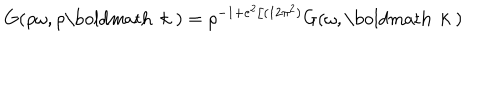
LaTeX: G ( \rho \omega , \rho \mathrm { \boldmath ~ k ~ } ) = \rho ^ { - 1 + e ^ { 2 } / ( 1 2 \pi ^ { 2 } ) } G ( \omega , \mathrm { \boldmath ~ k ~ } )